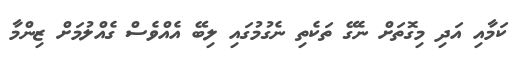
ކަމާއި އަދި މިގޮތަށް ނެގޭ ތަކެތި ނެގުމުގައި ލިބޭ އެއްވެސް ގެއްލުމަށް ޒިންމާ